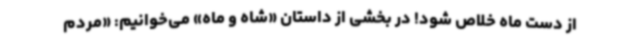
از دست ماه خلاص شود! در بخشی از داستان «شاه و ماه» می‌خوانیم: «مردم